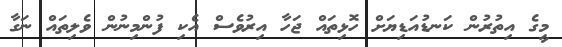
މީގެ އިތުރުން ކަނޑުއަޑިޔަށް ހޮޅިތައް ޖަހާ އިރުވެސް އެކި ފުންމިނުން ވެލިތައް ނަގާ